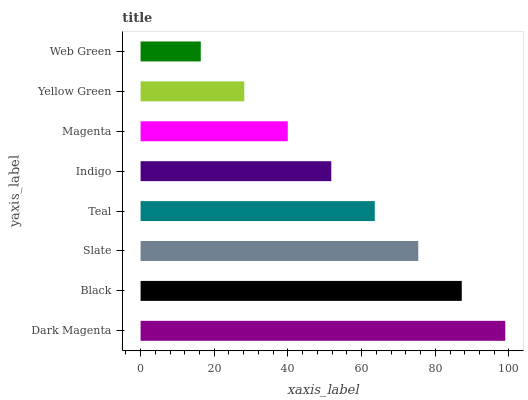
| yaxis_label | bars |
 | --- | --- |
 | Dark Magenta | 99 |
 | Black | 87.2 |
 | Slate | 75.4 |
 | Teal | 63.6 |
 | Indigo | 51.8 |
 | Magenta | 40 |
 | Yellow Green | 28.2 |
 | Web Green | 16.3 |